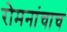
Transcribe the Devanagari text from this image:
रोमनांचाच